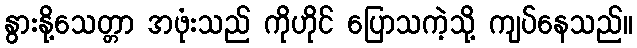
နွားနို့သေတ္တာ အဖုံးသည် ကိုဟိုင် ပြောသကဲ့သို့ ကျပ်နေသည်။